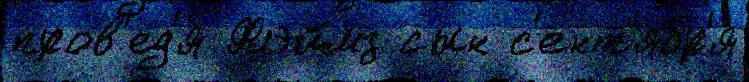
пров'ед'я́ Флэймз сын с'ент'ябр'я́